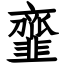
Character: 韲